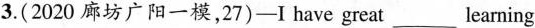
3.(2020 廊坊广阳一模,27)-I have great ___ learning